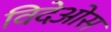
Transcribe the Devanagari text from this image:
विदेओस